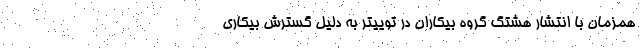
همزمان با انتشار هشتگ گروه بیکاران در توییتر به دلیل گسترش بیکاری